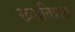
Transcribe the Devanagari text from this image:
ख्यातिप्रात